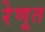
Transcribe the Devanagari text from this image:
रेणूत